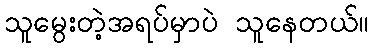
သူမွေးတဲ့အရပ်မှာပဲ သူနေတယ်။